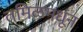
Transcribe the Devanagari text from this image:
तमिळमधून